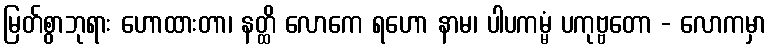
မြတ်စွာဘုရား ဟောထားတာ၊ နတ္ထိ လောကေ ရဟော နာမ၊ ပါပကမ္မံ ပကုဗ္ဗတော - လောကမှာ